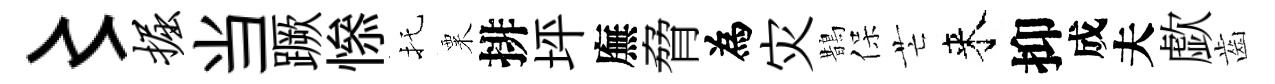
〻掘当蹶𢡖托粟排坪廡脅為灾鵲保芒来抑成夫歔齒